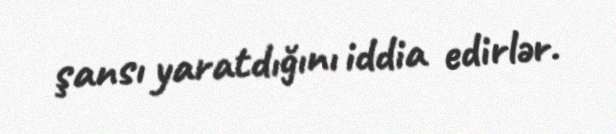
şansı yaratdığını iddia edirlər.